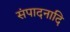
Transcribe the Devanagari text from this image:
संपादनादि